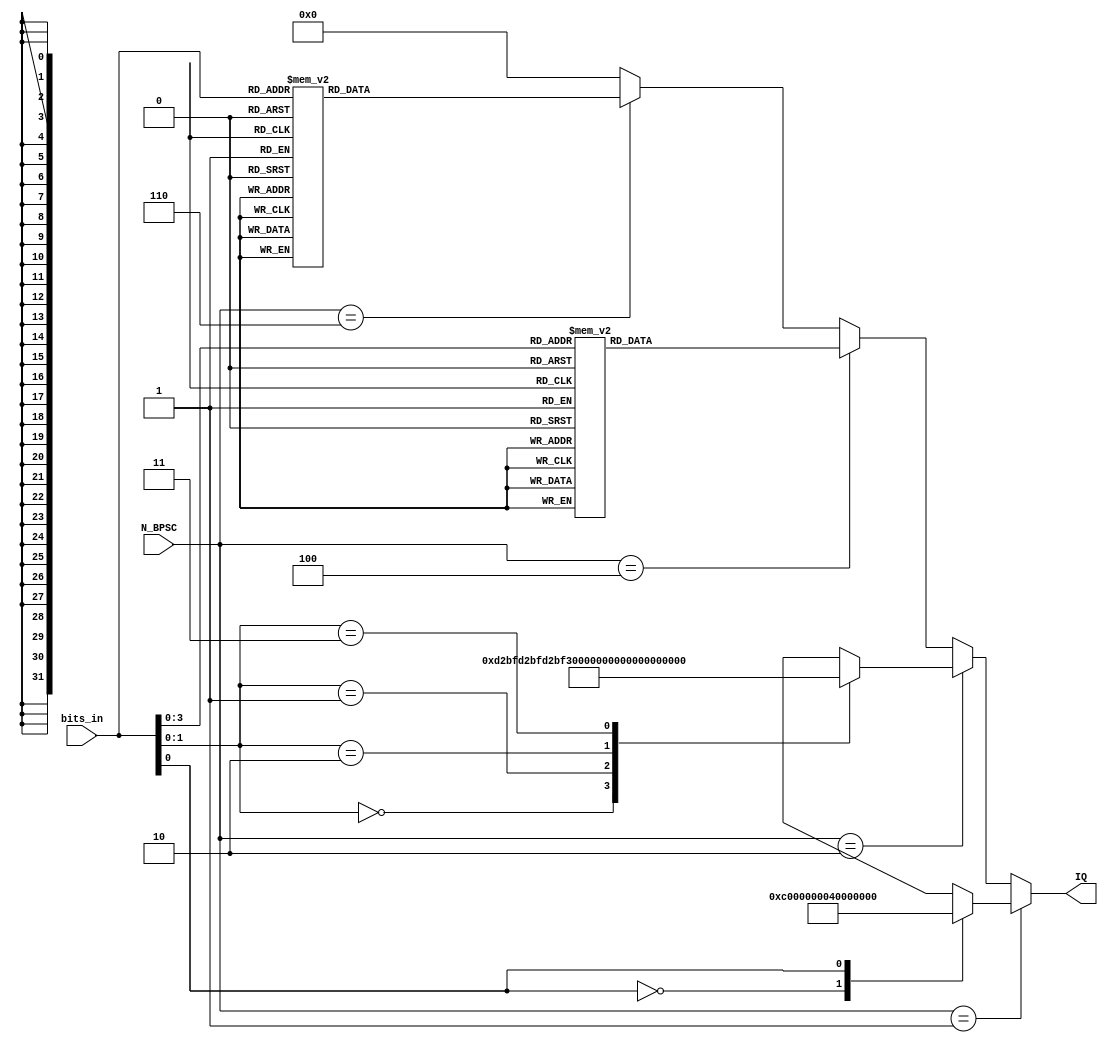
/*
 * modulation - TODO
 *
 * Michael Tetemke Mehari michael.mehari@ugent.be
 */

module modulation
(
  input  wire [2:0]  N_BPSC,
  input  wire [5:0]  bits_in,
  output reg  [31:0] IQ
);

// combinatorial logic
always @* begin
	IQ = {16'h0000, 16'h0000};
    // BPSK
    if(N_BPSC == 1) begin
      case(bits_in[0])
        0:	IQ = {16'hC000, 16'h0000};

        1:	IQ = {16'h4000, 16'h0000};
      endcase

    // QPSK
    end else if(N_BPSC == 2) begin
      case(bits_in[1:0])
        0:	IQ = {16'hD2BF, 16'hD2BF};
        1:	IQ = {16'hD2BF, 16'h2D41};

        2:	IQ = {16'h2D41, 16'hD2BF};
        3:	IQ = {16'h2D41, 16'h2D41};
      endcase

    // 16 QAM
    end else if(N_BPSC == 4) begin
      case(bits_in[3:0])
        0:	IQ = {16'hC349, 16'hC349};
        1:	IQ = {16'hC349, 16'hEBC3};
        3:	IQ = {16'hC349, 16'h143D};
        2:	IQ = {16'hC349, 16'h3CB7};

        4:	IQ = {16'hEBC3, 16'hC349};
        5:	IQ = {16'hEBC3, 16'hEBC3};
        7:	IQ = {16'hEBC3, 16'h143D};
        6:	IQ = {16'hEBC3, 16'h3CB7};

        12:	IQ = {16'h143D, 16'hC349};
        13:	IQ = {16'h143D, 16'hEBC3};
        15:	IQ = {16'h143D, 16'h143D};
        14:	IQ = {16'h143D, 16'h3CB7};

        8:	IQ = {16'h3CB7, 16'hC349};
        9:	IQ = {16'h3CB7, 16'hEBC3};
        11:	IQ = {16'h3CB7, 16'h143D};
        10:	IQ = {16'h3CB7, 16'h3CB7};
      endcase

    // 64 QAM
    end else if(N_BPSC == 6) begin
      case(bits_in[5:0])
        0:	IQ = {16'hBAE0, 16'hBAE0};
        1:	IQ = {16'hBAE0, 16'hCEA0};
        3:	IQ = {16'hBAE0, 16'hE260};
        2:	IQ = {16'hBAE0, 16'hF620};
        6:	IQ = {16'hBAE0, 16'h09E0};
        7:	IQ = {16'hBAE0, 16'h1DA0};
        5:	IQ = {16'hBAE0, 16'h3160};
        4:	IQ = {16'hBAE0, 16'h4520};

        8:	IQ = {16'hCEA0, 16'hBAE0};
        9:	IQ = {16'hCEA0, 16'hCEA0};
        11:	IQ = {16'hCEA0, 16'hE260};
        10:	IQ = {16'hCEA0, 16'hF620};
        14:	IQ = {16'hCEA0, 16'h09E0};
        15:	IQ = {16'hCEA0, 16'h1DA0};
        13:	IQ = {16'hCEA0, 16'h3160};
        12:	IQ = {16'hCEA0, 16'h4520};

        24:	IQ = {16'hE260, 16'hBAE0};
        25:	IQ = {16'hE260, 16'hCEA0};
        27:	IQ = {16'hE260, 16'hE260};
        26:	IQ = {16'hE260, 16'hF620};
        30:	IQ = {16'hE260, 16'h09E0};
        31:	IQ = {16'hE260, 16'h1DA0};
        29:	IQ = {16'hE260, 16'h3160};
        28:	IQ = {16'hE260, 16'h4520};

        16:	IQ = {16'hF620, 16'hBAE0};
        17:	IQ = {16'hF620, 16'hCEA0};
        19:	IQ = {16'hF620, 16'hE260};
        18:	IQ = {16'hF620, 16'hF620};
        22:	IQ = {16'hF620, 16'h09E0};
        23:	IQ = {16'hF620, 16'h1DA0};
        21:	IQ = {16'hF620, 16'h3160};
        20:	IQ = {16'hF620, 16'h4520};

        48:	IQ = {16'h09E0, 16'hBAE0};
        49:	IQ = {16'h09E0, 16'hCEA0};
        51:	IQ = {16'h09E0, 16'hE260};
        50:	IQ = {16'h09E0, 16'hF620};
        54:	IQ = {16'h09E0, 16'h09E0};
        55:	IQ = {16'h09E0, 16'h1DA0};
        53:	IQ = {16'h09E0, 16'h3160};
        52:	IQ = {16'h09E0, 16'h4520};

        56:	IQ = {16'h1DA0, 16'hBAE0};
        57:	IQ = {16'h1DA0, 16'hCEA0};
        59:	IQ = {16'h1DA0, 16'hE260};
        58:	IQ = {16'h1DA0, 16'hF620};
        62:	IQ = {16'h1DA0, 16'h09E0};
        63:	IQ = {16'h1DA0, 16'h1DA0};
        61:	IQ = {16'h1DA0, 16'h3160};
        60:	IQ = {16'h1DA0, 16'h4520};

        40:	IQ = {16'h3160, 16'hBAE0};
        41:	IQ = {16'h3160, 16'hCEA0};
        43:	IQ = {16'h3160, 16'hE260};
        42:	IQ = {16'h3160, 16'hF620};
        46:	IQ = {16'h3160, 16'h09E0};
        47:	IQ = {16'h3160, 16'h1DA0};
        45:	IQ = {16'h3160, 16'h3160};
        44:	IQ = {16'h3160, 16'h4520};

        32:	IQ = {16'h4520, 16'hBAE0};
        33:	IQ = {16'h4520, 16'hCEA0};
        35:	IQ = {16'h4520, 16'hE260};
        34:	IQ = {16'h4520, 16'hF620};
        38:	IQ = {16'h4520, 16'h09E0};
        39:	IQ = {16'h4520, 16'h1DA0};
        37:	IQ = {16'h4520, 16'h3160};
        36:	IQ = {16'h4520, 16'h4520};
      endcase
    end
end
endmodule